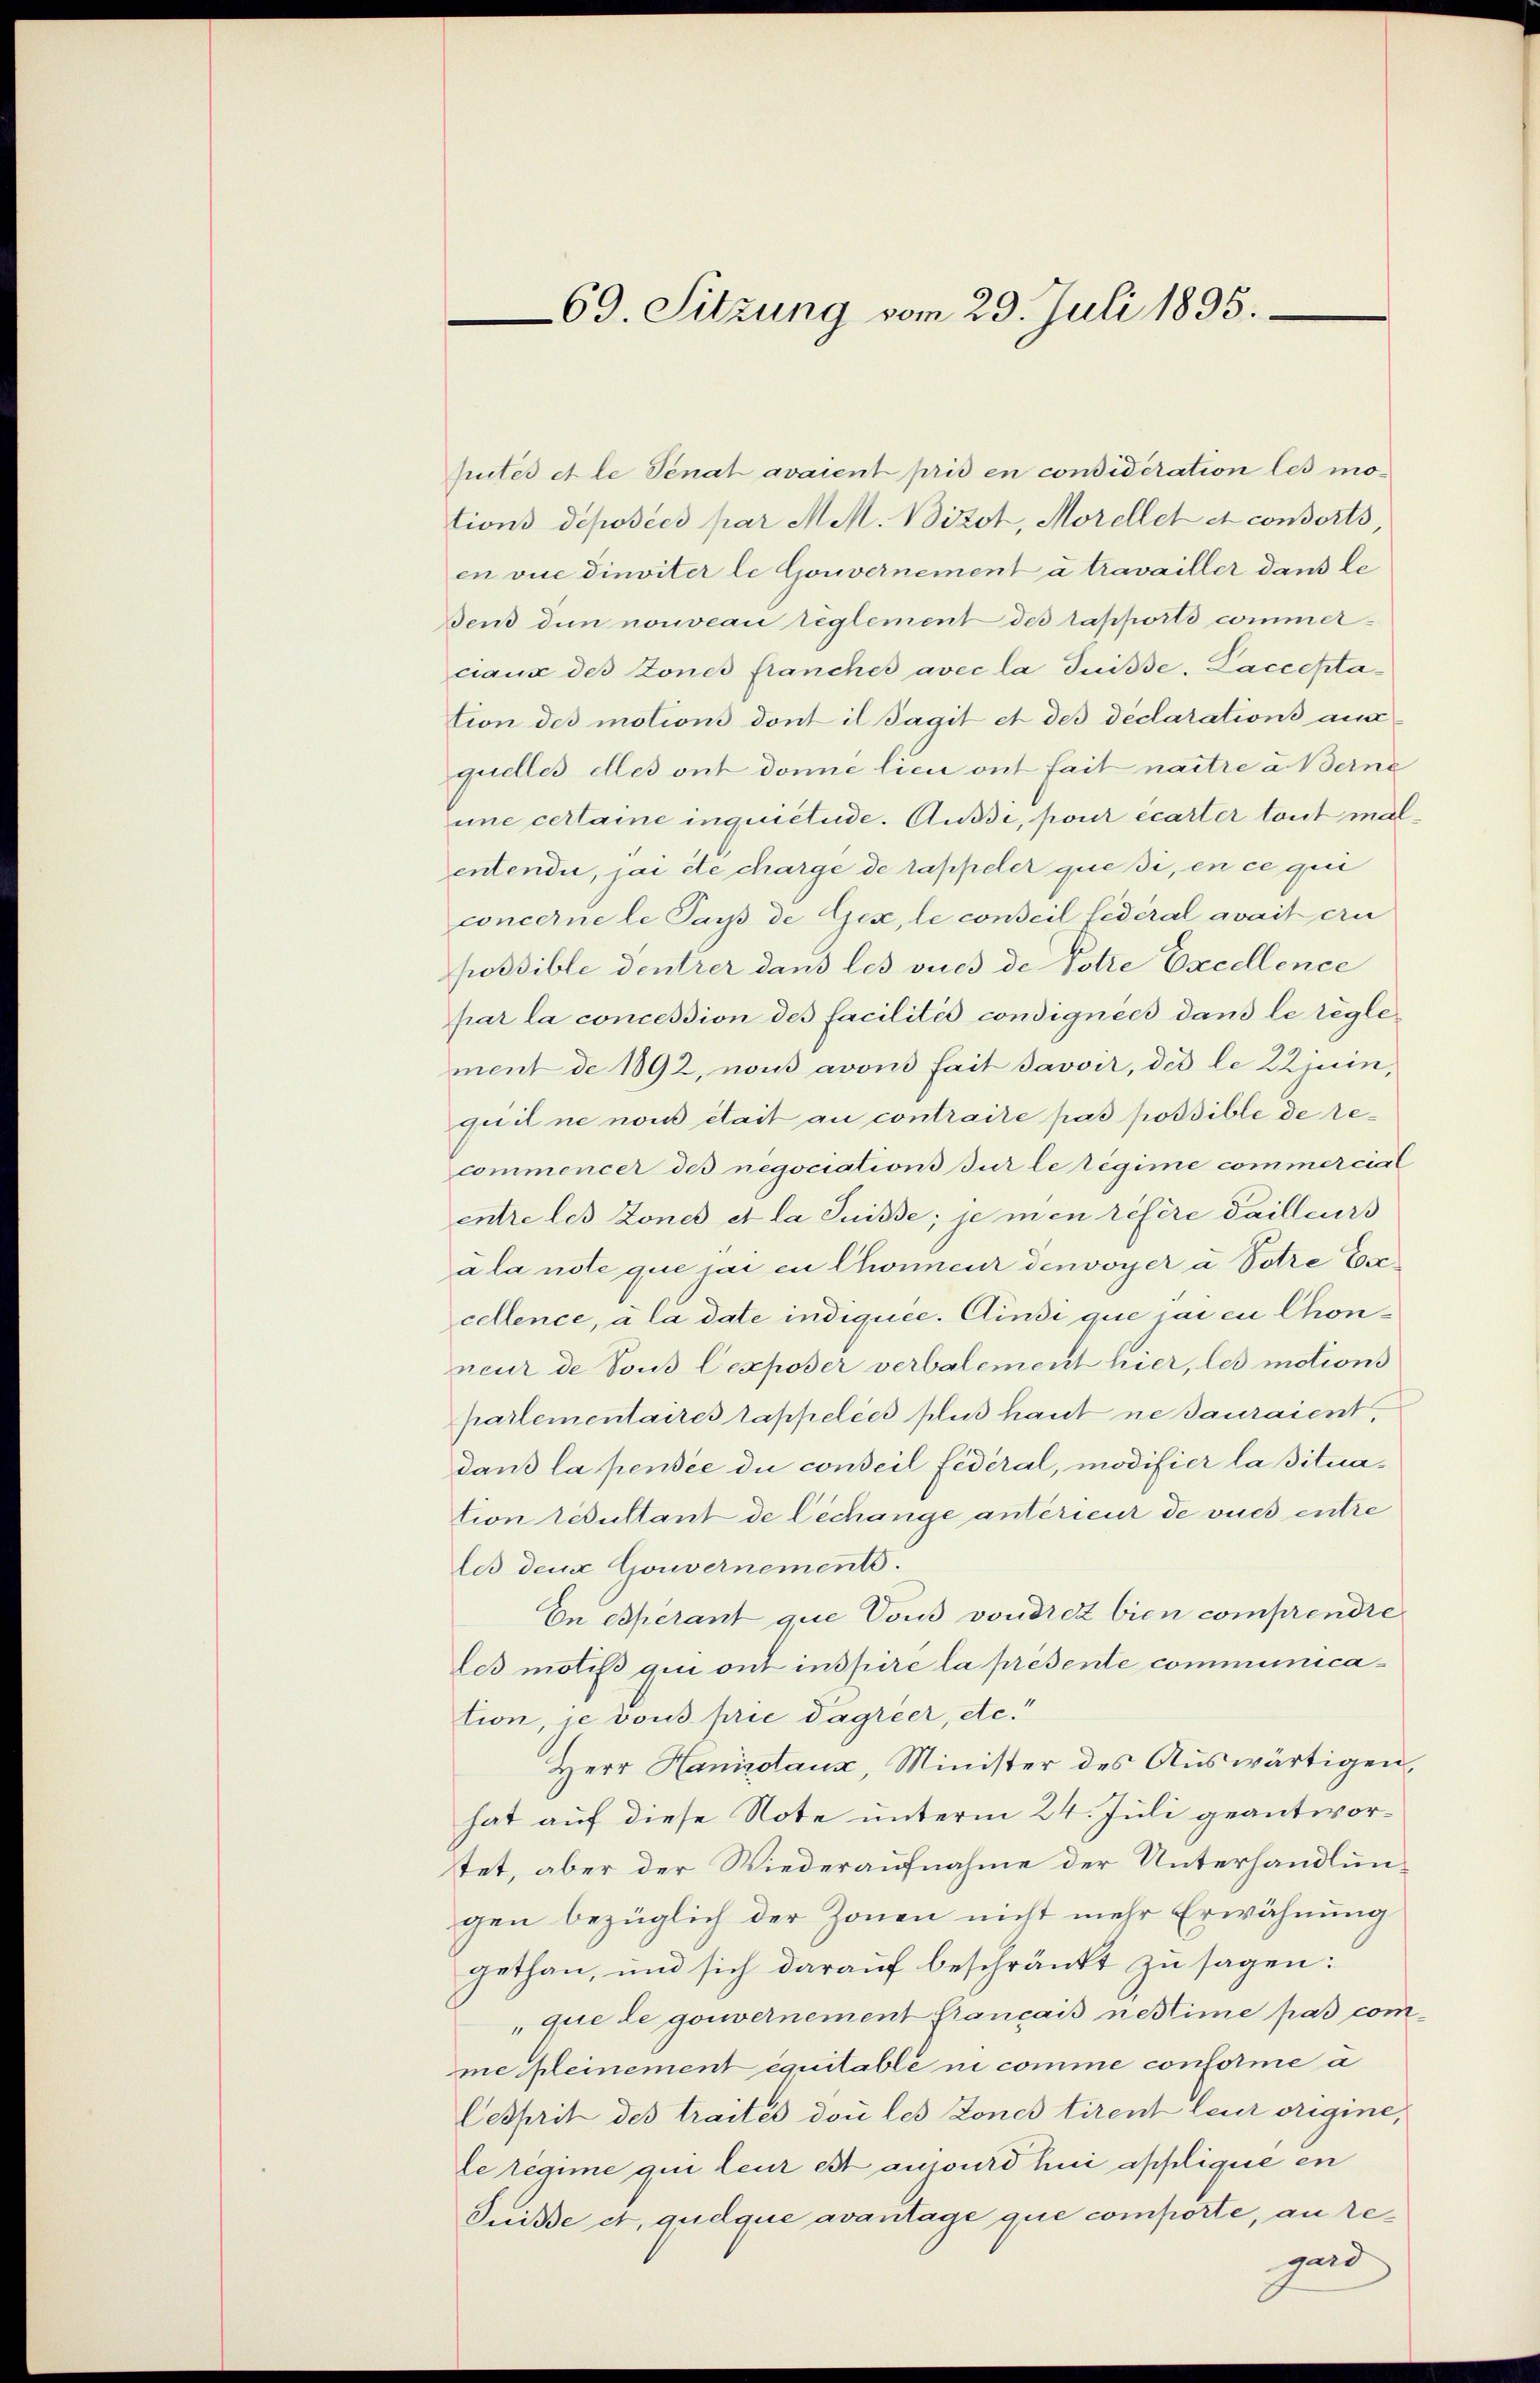
69. Sitzung vom 29. Juli 1895.

putes et le Senat avaient pris en considération les mo-
tions déposées par MMM. Bizot, Morellet et consorts,
en vie dinviter le Gouvernement à travailler dans le
Bend den nouveau reglement des rapporto commerciaux des Zones franches avec la dnisse, Lacceptation des motions dont il Tagit et des déclarations am
quelles elles ont donne lici ont fait naitre u. Berne
une certaine inquietude. Außdi, pour écarter tout malentendii, jai ête charge de lappeler quesi, en ce qui
concerne le Pays de Gex, le conseil fédéral avait ern
possible dentrer dans les vues de Potre Excellence
par la concession des facilités consignées dans le règle-
ment de 1892, nous avons fait Javoir, des le 22juin,
quil ne nous était au contraire pas possible de recommencer des negociations sur le régime commercial
entre les Zones et la Suisse; je men réfère dailleurs
a la note que jar in Chineur denvoyer à Potre Excellence, à la date indiquée. Aussi que jaren Chonneur de tous Cexposer verbalement hier, les motions
partementaires tappelées plus haut ne sauraient,
dans la pensée du conseil fédéral, modifier la situation resultant de Lechange antérieur de vues entre
les den Gouvernements.
En Operant que Vous voudrez bien comprendre
les motif qui ont inspire la présente communication, je vous prie dagreer, etc.“
Herr Hanizotaux, Minister des Auswärtigen,
hat auf diese Note unterm 24. Juli geantwortet, aber der Wiederaufnahme der Unterhandlungen bezüglich der Zonen nicht mehr Erwähnung
gethan, und sich darauf beschränkt zu sagen:
que de gouvernement français nestime pas comme kleinement équitable ni comme conforme a
Cesprit des traités don les Tones tirent leur origine,
le regime qui leur est aussurd hier applique en
Suisse et quelque avantage que comporte, an regard